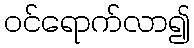
ဝင်ရောက်လာ၍